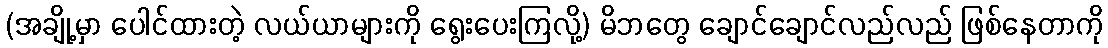
(အချို့မှာ ပေါင်ထားတဲ့ လယ်ယာများကို ရွေးပေးကြလို့) မိဘတွေ ချောင်ချောင်လည်လည် ဖြစ်နေတာကို